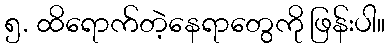
၅. ထိရောက်တဲ့နေရာတွေကို ဖြန်းပါ။